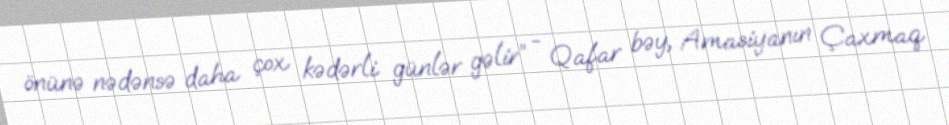
önünə nədənsə daha çox kədərli günlər gəlir” - Qafar bəy, Amasiyanın Çaxmaq